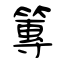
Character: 篿